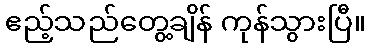
ဧည့်သည်တွေ့ချိန် ကုန်သွားပြီ။